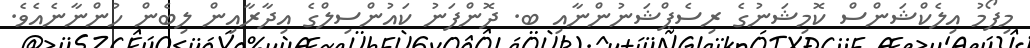
މިފޯމު އިލެކްޝަންސް ކޮމިޝަނުގެ ރިސެޕްޝަނުންނާއި ބ. ދޮންފަނު ކައުންސިލްގެ އިދާރާއިން ލިބެން ހުންނާނެއެވެ.